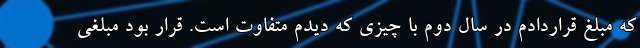
که مبلغ قراردادم در سال دوم با چیزی که دیدم متفاوت است. قرار بود مبلغی